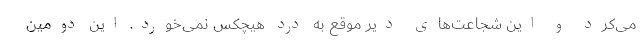
می‌کرد و این شجاعت‌های دیر موقع به درد هیچکس نمی‌خورد. این دومین